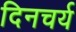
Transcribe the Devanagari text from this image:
दिनचर्य